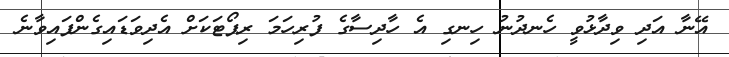
އޭނާ އަދި ވިދާޅުވީ ހެނދުނު ހިނގި އެ ހާދިސާގެ ފުރިހަމަ ރިޕޯޓަކަށް އެދިވަޑައިގެންފައިވާނެ